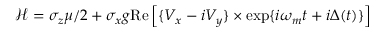
\mathcal { H } = \sigma _ { z } \mu / 2 + \sigma _ { x } g \mathrm { R e } \left[ \{ V _ { x } - i V _ { y } \} \times \exp \{ i \omega _ { m } t + i \Delta ( t ) \} \right]